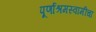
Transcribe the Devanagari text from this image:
पूर्णाश्रमस्वामींचा